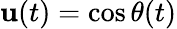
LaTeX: \mathbf{u}(t)=\cos\theta(t)